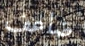
ضاعف